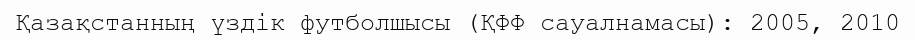
Қазақстанның үздік футболшысы (ҚФФ сауалнамасы): 2005, 2010